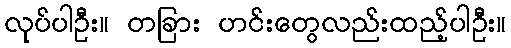
လုပ်ပါဦး။ တခြား ဟင်းတွေလည်းထည့်ပါဦး။